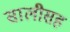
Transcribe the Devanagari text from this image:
सालीसह